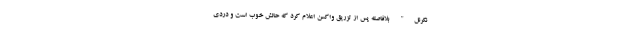
نکرنل" بلافاصله پس از تزریق واکسن اعلام کرد که حالش خوب است و دردی